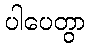
ပါပေတွာ